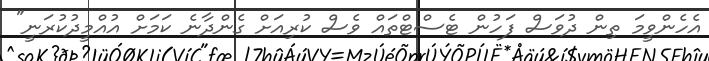
އެހެންވީމަ ތިން ދުވަސް ފަހުން ޓެސްޓްތައް ވެސް ކުރިއަށް ގެންދާނެ ކަމަށް އުއްމީދުކުރަނީ"